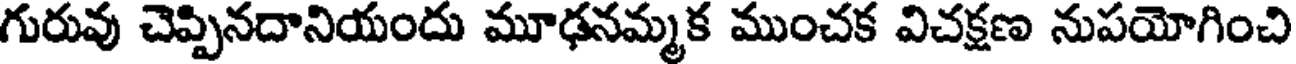
గురువు చెప్పినదానియందు మూఢనమ్మక ముంచక విచక్షణ నుపయోగించి